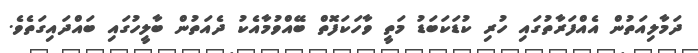
ދަމާލިއަތުން އެއްފަރާތުގައި ހުރި ކުޑަކަބަޑު މަތީ ވާހަކަފޮތް ބޭއްވުމާއެކު ދެއަތުން ބާލީހުގައި ބައްދައިގަތެވެ.